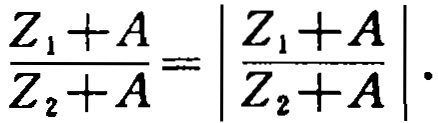
$\frac{Z_{1}+A}{Z_{2}+A}=\left|\frac{Z_{1}+A}{Z_{2}+A}\right|.$